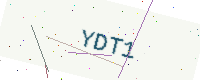
Text: YDT1